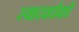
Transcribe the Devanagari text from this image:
स्वादवर्धकों